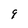
Character: 9